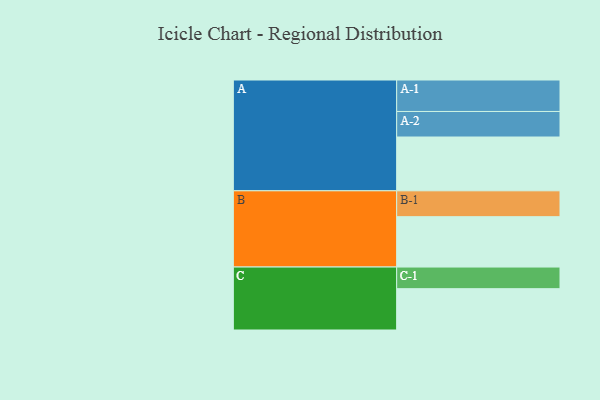
{"axis": {"x": "Segment", "y": "Value"}, "legend": ["", "A", "B", "C"], "data": [{"x": "A", "y": 470, "type": ""}, {"x": "B", "y": 440, "type": ""}, {"x": "C", "y": 361, "type": ""}, {"x": "A-1", "y": 275, "type": "A"}, {"x": "A-2", "y": 223, "type": "A"}, {"x": "B-1", "y": 226, "type": "B"}, {"x": "C-1", "y": 189, "type": "C"}]}